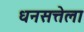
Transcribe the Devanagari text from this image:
धनसत्तेला